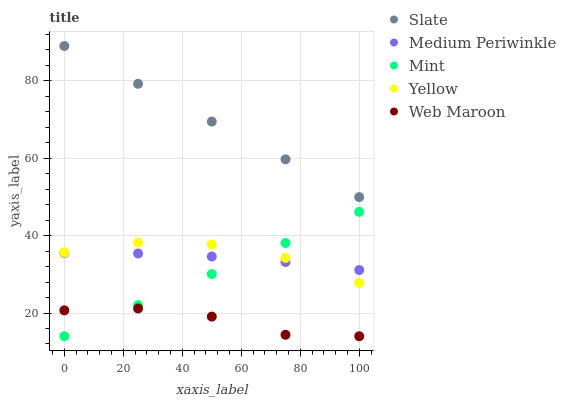
| xaxis_label | Slate | Medium Periwinkle | Mint | Yellow | Web Maroon |
 | --- | --- | --- | --- | --- | --- |
 | 0 | 89 | 35.5 | 14 | 35.7 | 20.7 |
 | 25 | 79.2 | 35.4 | 22 | 38.2 | 21.2 |
 | 50 | 69.5 | 34.6 | 30.1 | 37.7 | 19.1 |
 | 75 | 59.7 | 33.2 | 38.1 | 34.2 | 14.4 |
 | 100 | 50 | 31.1 | 46.1 | 27.8 | 14 |